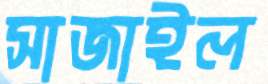
সাজাইল